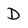
Character: D